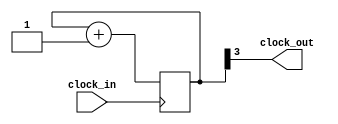
`timescale 1ns / 1ps
//////////////////////////////////////////////////////////////////////////////////
// Company: 
// Engineer: 
// 
// Design Name: 
// Module Name: clock_divider
// Project Name: 
// Target Devices: 
// Tool Versions: 
// Description: 
// 
// Dependencies: 
// 
// Revision:
// Revision 0.01 - File Created
// Additional Comments:
// 
//////////////////////////////////////////////////////////////////////////////////


module clock_divider_6p25m( // clock_out work on posedge
    input clock_in,
    output clock_out
    );
    
    reg [3:0] counter = 4'b0; // 6.25MHz
    
    always @ (posedge clock_in) begin
        counter <= counter + 4'b1;
    end
    
    assign clock_out = counter[3];
    
endmodule